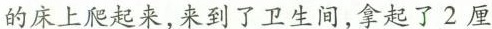
的床上爬起来，来到了卫生间，拿起来2厘